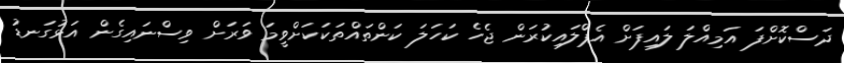
ދަސްކޮށްފަ އަމިއްލަ ލައިފަށް އެޕްލައިކުރަން ޖެހެ ކަހަލަ ކަންތައްތަކަކަށްވީމަ ވަރަށް ވިސްނައިގެން އަޅުގަނޑު